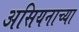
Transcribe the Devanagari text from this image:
असियनाच्या